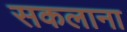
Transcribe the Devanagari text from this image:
सकलाना